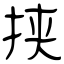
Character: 挟